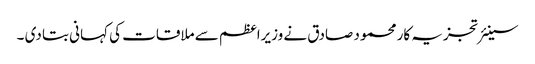
سینئر تجزیہ کار محمود صادق نے وزیراعظم سے ملاقات کی کہانی بتا دی ۔